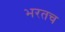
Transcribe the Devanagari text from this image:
भरतच